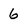
Character: 6